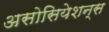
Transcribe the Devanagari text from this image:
असोसियेशन्स